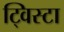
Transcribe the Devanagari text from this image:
ट्विस्टा